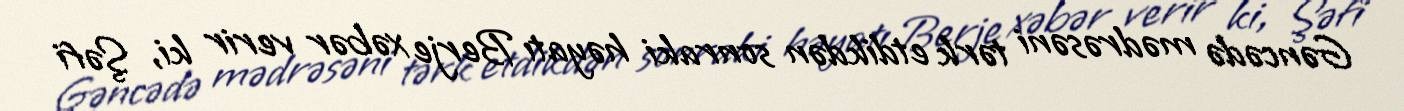
Gəncədə mədrəsəni tərk etdikdən sonraki həyatı Berje xəbər verir ki, Şəfi